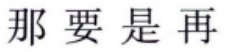
那要是再